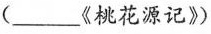
(___《桃花源记》)